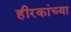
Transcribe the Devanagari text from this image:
हीरकांच्या